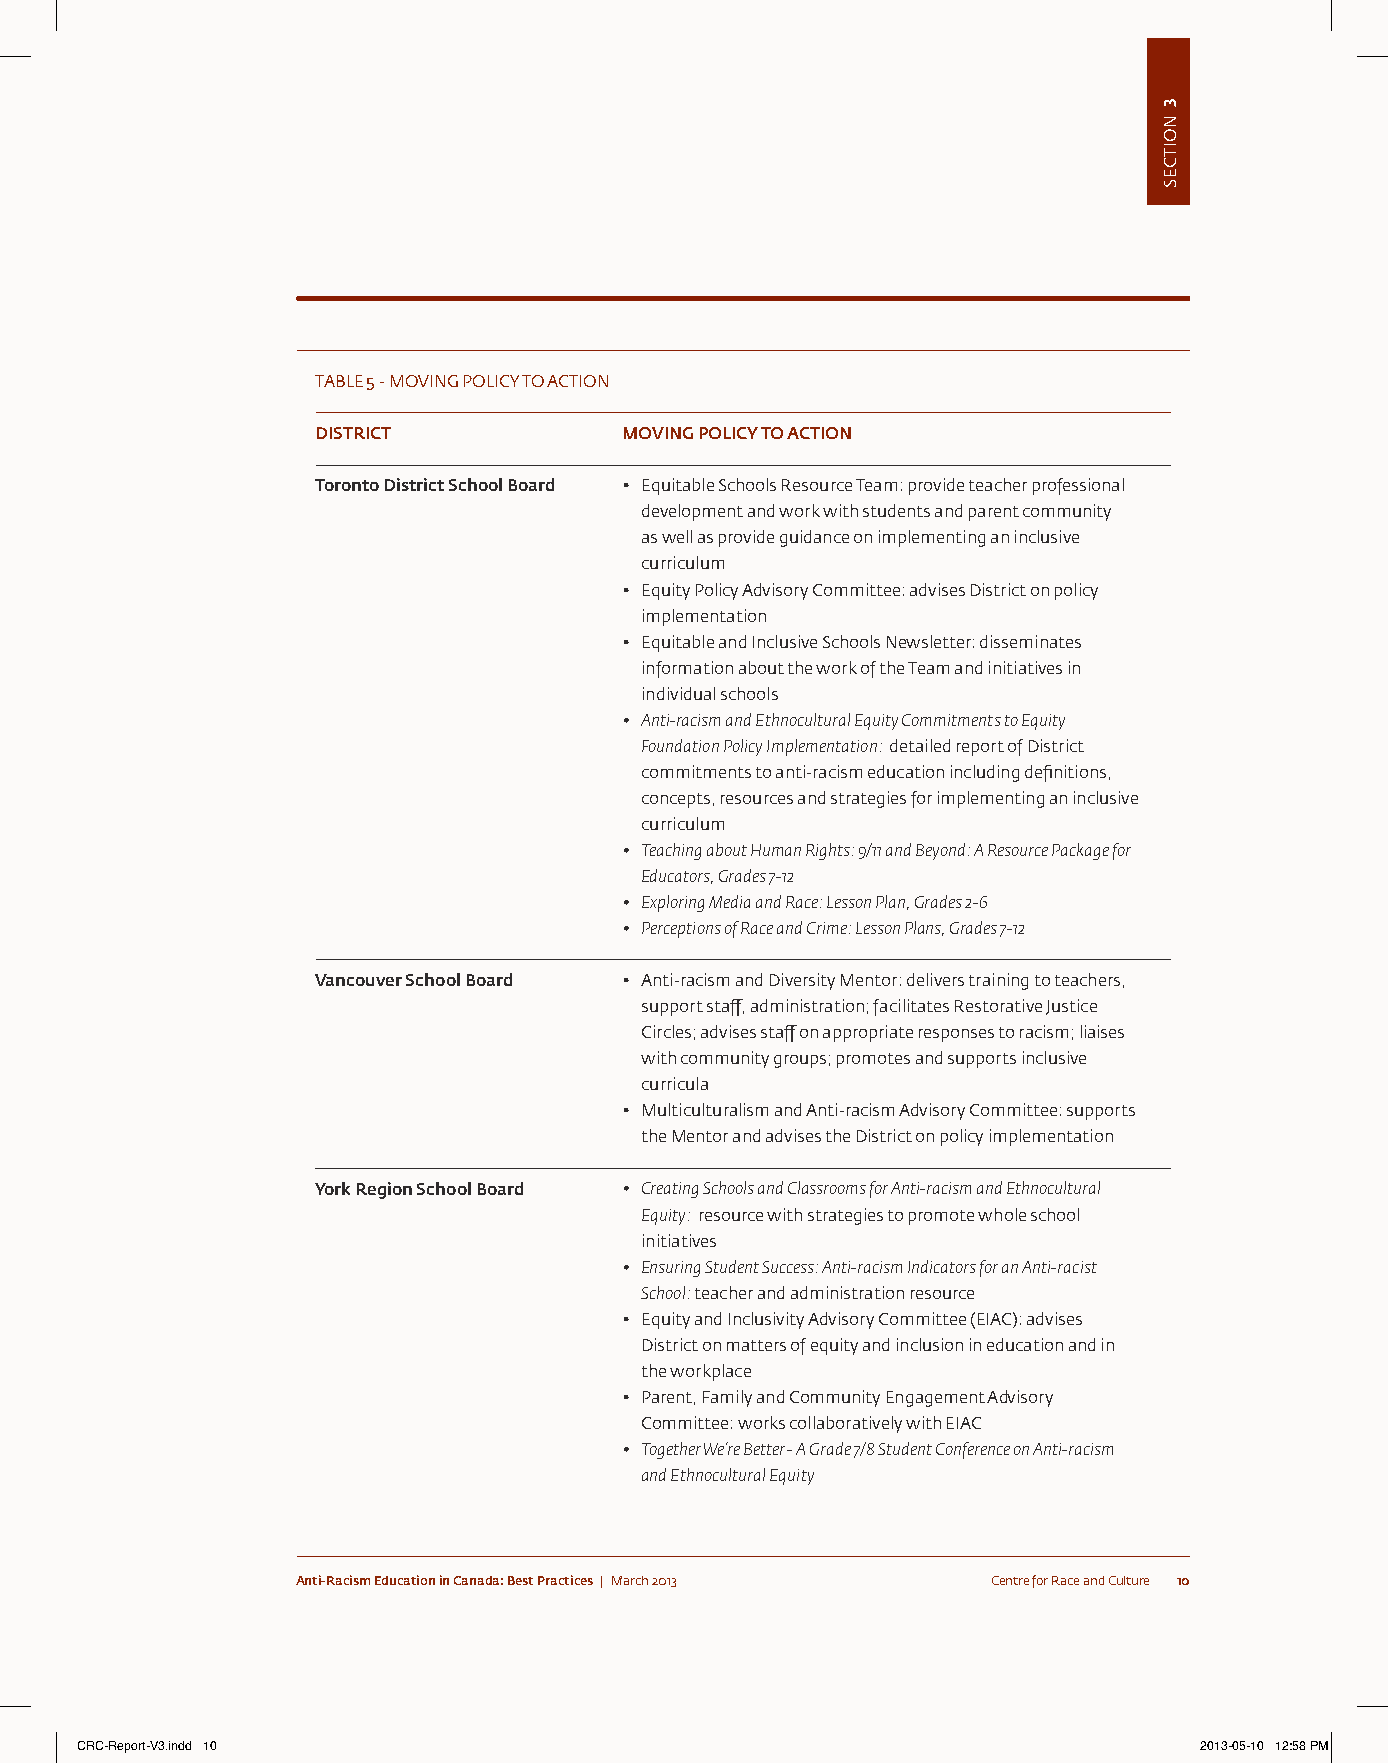
taBLe 5 - moVinG poLicY to action
 DISTRICT            MOVING POLICY TO ACTION
 Toronto District School Board • equitable schools Resource team: provide teacher professional
 development and work with students and parent community
 as well as provide guidance on implementing an inclusive
 curriculum
 • equity policy advisory committee: advises District on policy
 implementation
 • equitable and inclusive schools newsletter: disseminates
 information about the work of the team and initiatives in
 individual schools
 • Anti-racism and Ethnocultural Equity Commitments to Equity
 Foundation Policy Implementation: detailed report of District
 commitments to anti-racism education including definitions,
 concepts, resources and strategies for implementing an inclusive
 curriculum
 • Teaching about Human Rights: 9/11 and Beyond: A Resource Package for
 Educators, Grades 7-12
 • Exploring Media and Race: Lesson Plan, Grades 2-6
 • Perceptions of Race and Crime: Lesson Plans, Grades 7-12
 Vancouver School Board • anti-racism and Diversity mentor: delivers training to teachers,
 support staff, administration; facilitates Restorative Justice
 circles; advises staff on appropriate responses to racism; liaises
 with community groups; promotes and supports inclusive
 curricula
 • multiculturalism and anti-racism advisory committee: supports
 the mentor and advises the District on policy implementation
 York Region School Board • Creating Schools and Classrooms for Anti-racism and Ethnocultural
 Equity: resource with strategies to promote whole school
 initiatives
 • Ensuring Student Success: Anti-racism Indicators for an Anti-racist
 School: teacher and administration resource
 • equity and inclusivity advisory committee (eiac): advises
 District on matters of equity and inclusion in education and in
 the workplace
 • parent, Family and community engagement advisory
 committee: works collaboratively with eiac
 • Together We’re Better - A Grade 7/8 Student Conference on Anti-racism
 and Ethnocultural Equity
 Anti-Racism Education in Canada: Best Practices | March 2013 centre for Race and culture 10
 CRC-Report-V3.indd 10                                                     2013-05-10 12:58 PM
 3
 noitceS